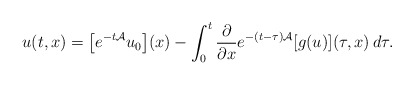
\begin{align*}u(t, x) = \left[e^{ -t {\cal A}}u_0\right]\!(x) - \int_{0}^{t} \frac{\partial}{\partial x} e^{- (t-\tau){\cal A}}[g(u)](\tau, x) \,d\tau.\end{align*}